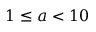
1 \leq a < 1 0